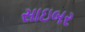
સાઇબર